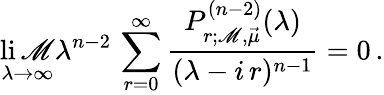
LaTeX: \operatorname*{li\mathscr{M}}_{\lambda\rightarrow\infty}\lambda^{n-2}\, \sum_{r=0}^{\infty}{\frac{{P_{r;\mathscr{M},\vec{{\mu}}}^{(n-2)}(\lambda)}}{{(\lambda-i\, r)^{n-1}}}}=0\, .